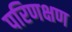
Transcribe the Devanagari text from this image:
परिणक्षण